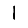
Digit: 1